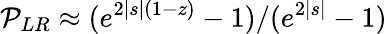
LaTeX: {\cal P}_{LR}\approx(e^{2|s|(1-z)}-1)/(e^{2|s|}-1)